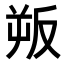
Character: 𭆯